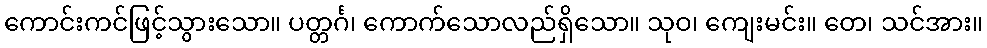
ကောင်းကင်ဖြင့်သွားသော။ ပတ္တင်္ဂ၊ ကောက်သောလည်ရှိသော။ သုဝ၊ ကျေးမင်း။ တေ၊ သင်အား။